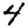
Digit: 4